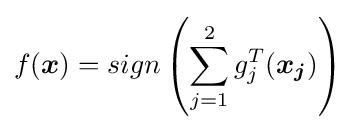
f({\boldsymbol {x}})=sign\left(\sum _{j=1}^{2}g_{j}^{T}({\boldsymbol {x_{j}}})\right)